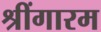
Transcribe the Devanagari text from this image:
श्रींगारम